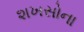
શખસોના